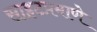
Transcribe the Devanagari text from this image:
साइटप्रमाणे